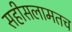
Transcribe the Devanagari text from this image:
सहीसलामतच